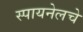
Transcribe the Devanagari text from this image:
स्पायनेलचे